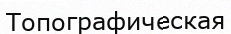
Топографическая